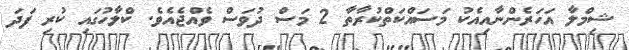
ޝިމްލާ އަހަރެންނާއިއެކު މަސައްކަތްކުރާތާ 2 މަސް ދުވަސް ވެއްޖެއެވެ. ކްލާހުގައި ކުރި ފަދަ